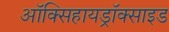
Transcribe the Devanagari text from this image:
ऑक्सिहायड्रॉक्साइड